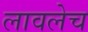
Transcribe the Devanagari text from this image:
लावलेच